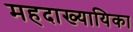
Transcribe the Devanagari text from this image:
महदाख्यायिका